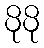
ပိုပို